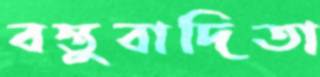
বস্তুবাদিতা